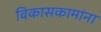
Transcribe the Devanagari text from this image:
विकासकामांना